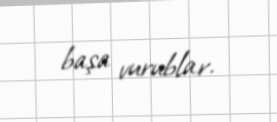
başa vurublar.